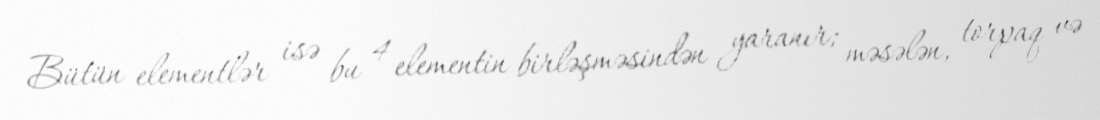
Bütün elementlər isə bu 4 elementin birləşməsindən yaranır; məsələn, torpaq və